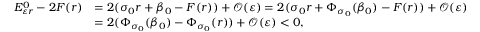
\begin{array} { r l } { E _ { \varepsilon r } ^ { 0 } - 2 F ( r ) } & { = 2 ( \sigma _ { 0 } r + \beta _ { 0 } - F ( r ) ) + \mathcal { O } ( \varepsilon ) = 2 ( \sigma _ { 0 } r + \Phi _ { \sigma _ { 0 } } ( \beta _ { 0 } ) - F ( r ) ) + \mathcal { O } ( \varepsilon ) } \\ & { = 2 ( \Phi _ { \sigma _ { 0 } } ( \beta _ { 0 } ) - \Phi _ { \sigma _ { 0 } } ( r ) ) + \mathcal { O } ( \varepsilon ) < 0 , } \end{array}